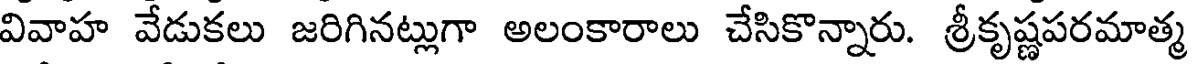
వివాహ వేడుకలు జరిగినట్లుగా అలంకారాలు చేసికొన్నారు. శ్రీకృష్ణపరమాత్మ